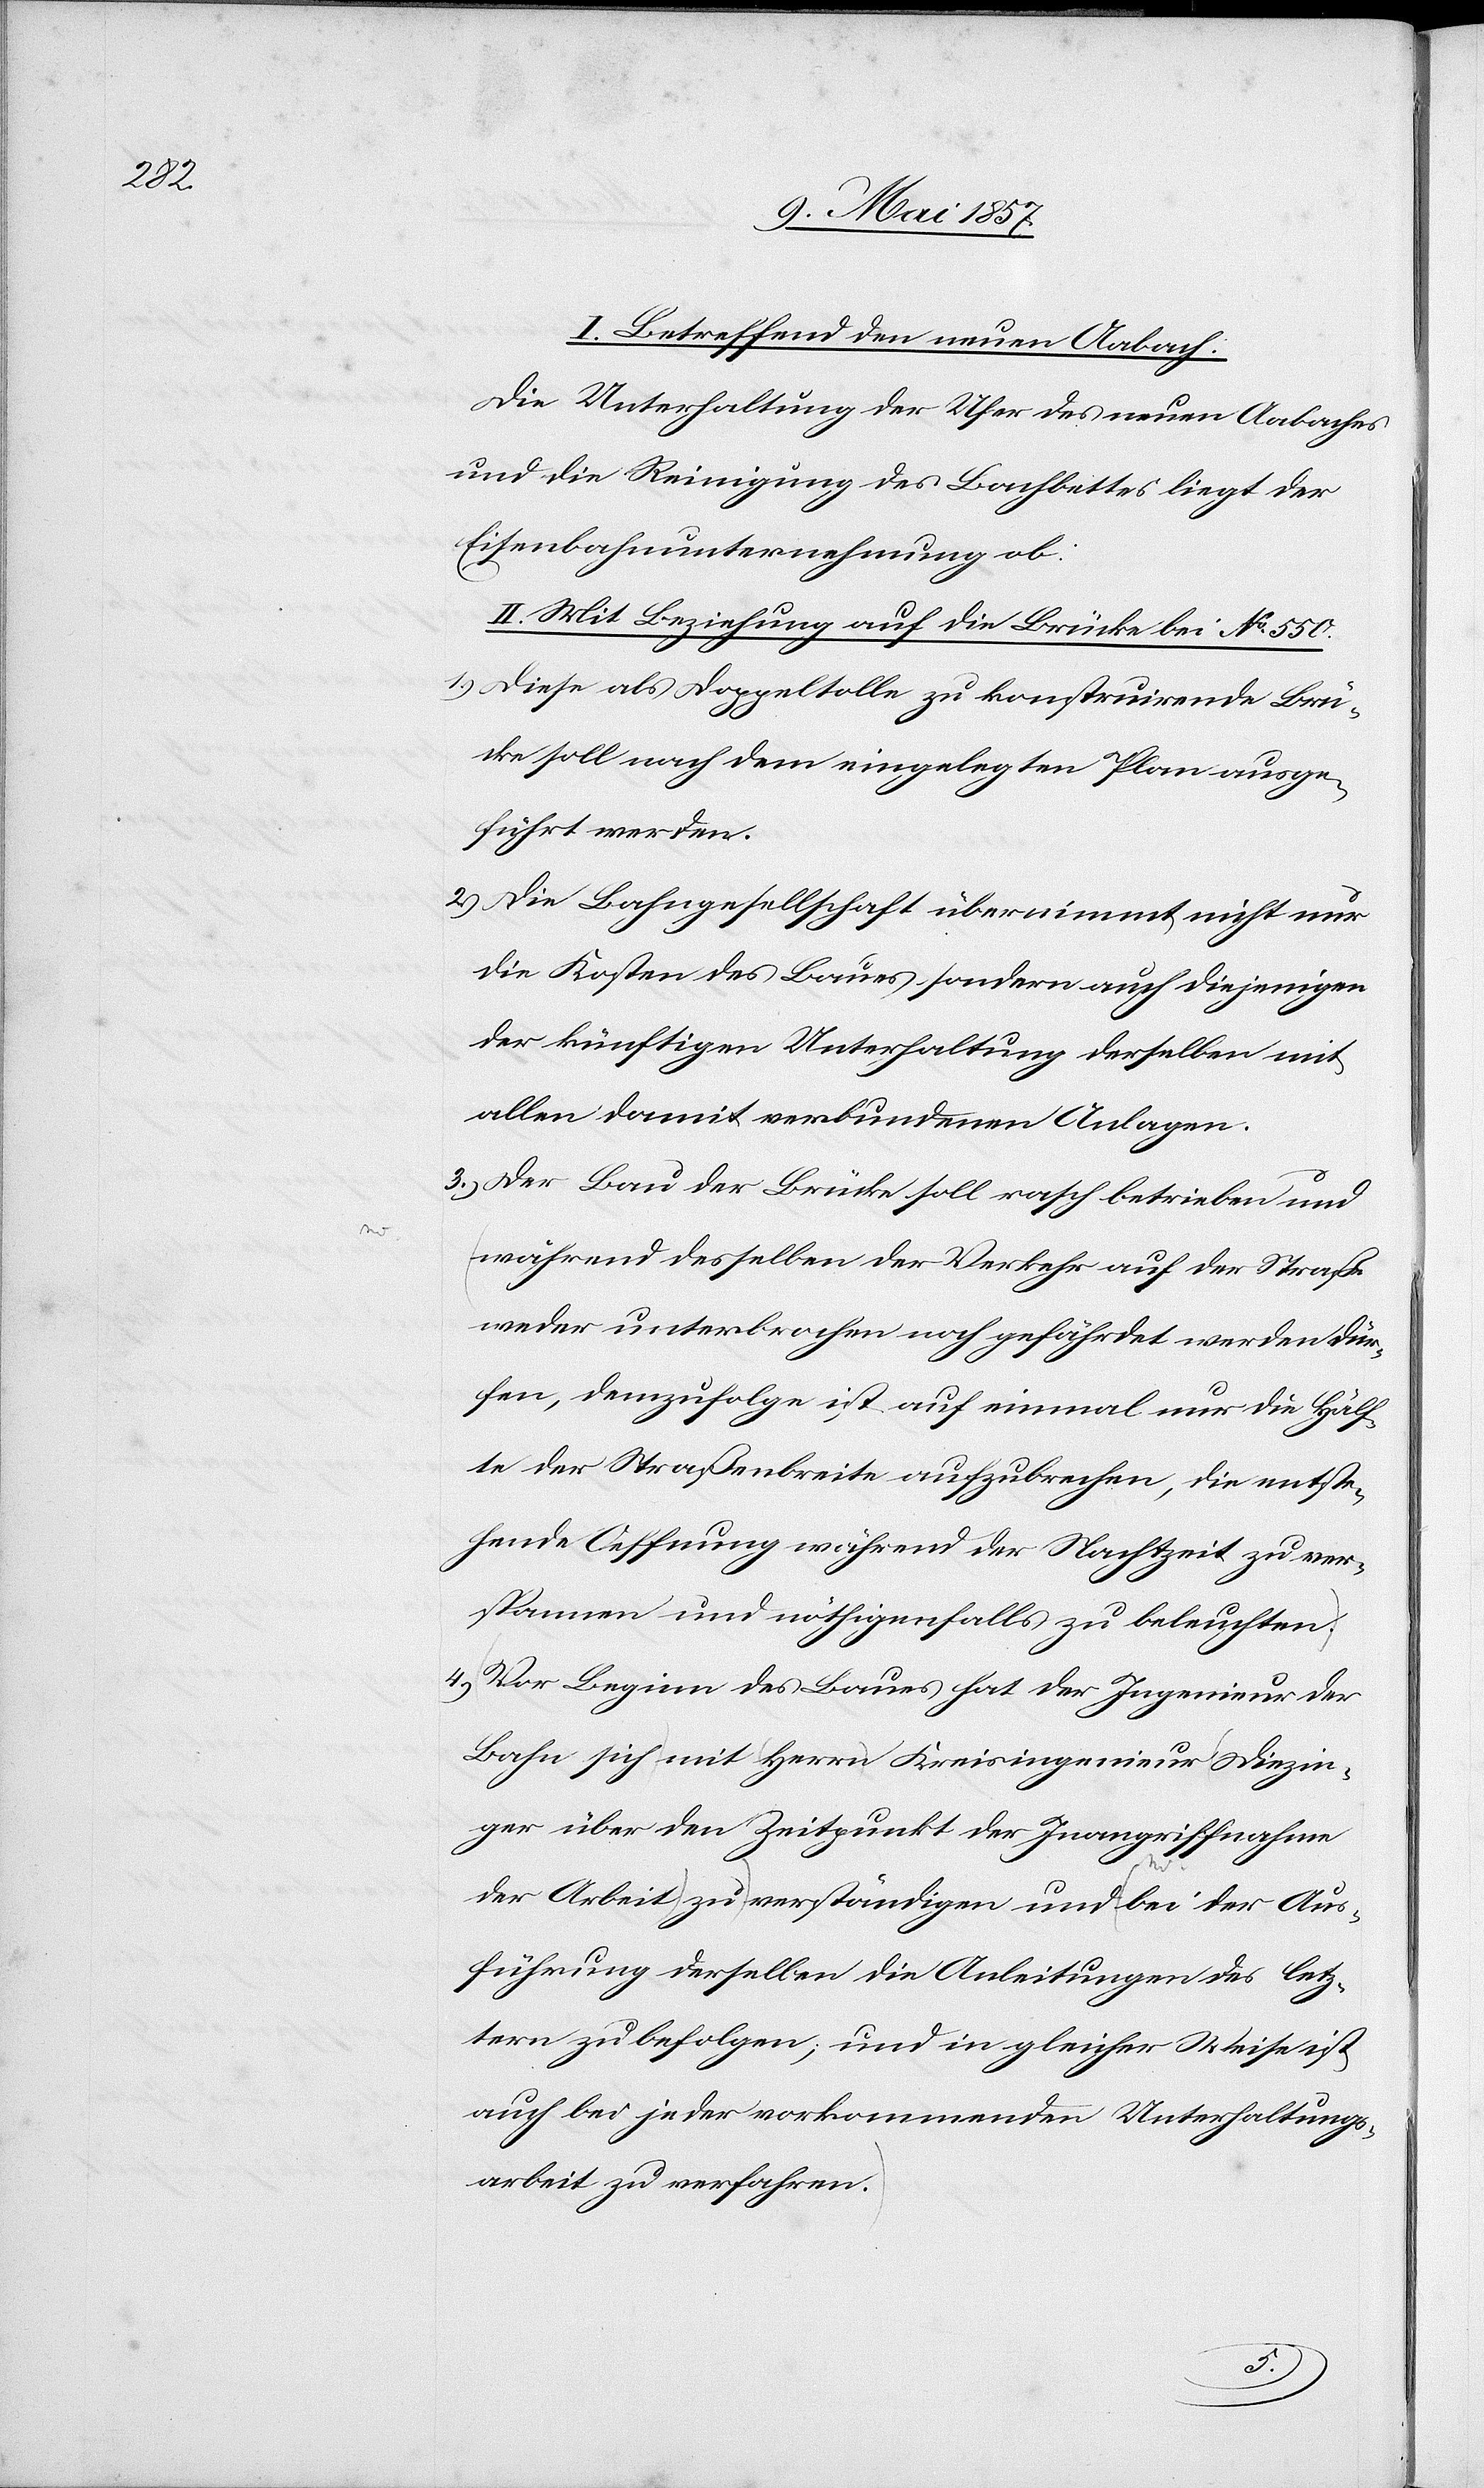
I. Betreffend den neuen Aabach.
Die Unterhaltung der Ufer des neuen Aabaches
und die Reinigung des Bachbettes liegt der
Eisenbahnunternehmung ob:
II. Mit Bezug auf die Brücke bei No 550.
1.) Diese als Doppeltolle zu konstruirende Brü¬
cke soll nach dem eingelegten Plan ausge¬
führt werden.
2.) Die Bahngesellschaft übernimmt nicht nur
die Kosten des Baues, sondern auch diejenigen
der künftigen Unterhaltung derselben mit
allen damit verbundenen Anlagen.
3.) Der Bau der Brücke soll rasch betrieben und
während desselben der Verkehr auf der Straße
weder unterbrochen noch gefährdet werden dür¬
fen, demzufolge ist auf einmal nur die Hälf¬
te der Straßenbreite aufzubrechen, die entste¬
hende Oeffnung während der Nachtzeit zu ver¬
spannen und nöthigenfalls zu beleuchten.
4.) Vor Beginn des Baues hat der Ingenieur der
Bahn sich mit Herrn Kreisingenieur Diezin¬
ger über den Zeitpunkt der Inangriffnahme
der Arbeit zu verständigen und bei der Aus¬
führung derselben die Anleitungen des letz¬
tern zu befolgen, und in gleicher Weise ist
auch bei jeder vorkommenden Unterhaltungs¬
arbeit zu verabfolgen.